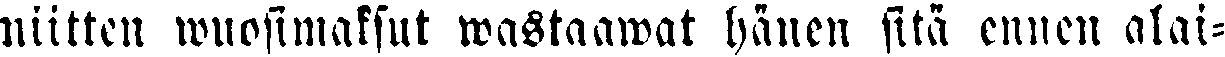
niitten wuosimaksut wastaawat hänen sitä ennen alai-